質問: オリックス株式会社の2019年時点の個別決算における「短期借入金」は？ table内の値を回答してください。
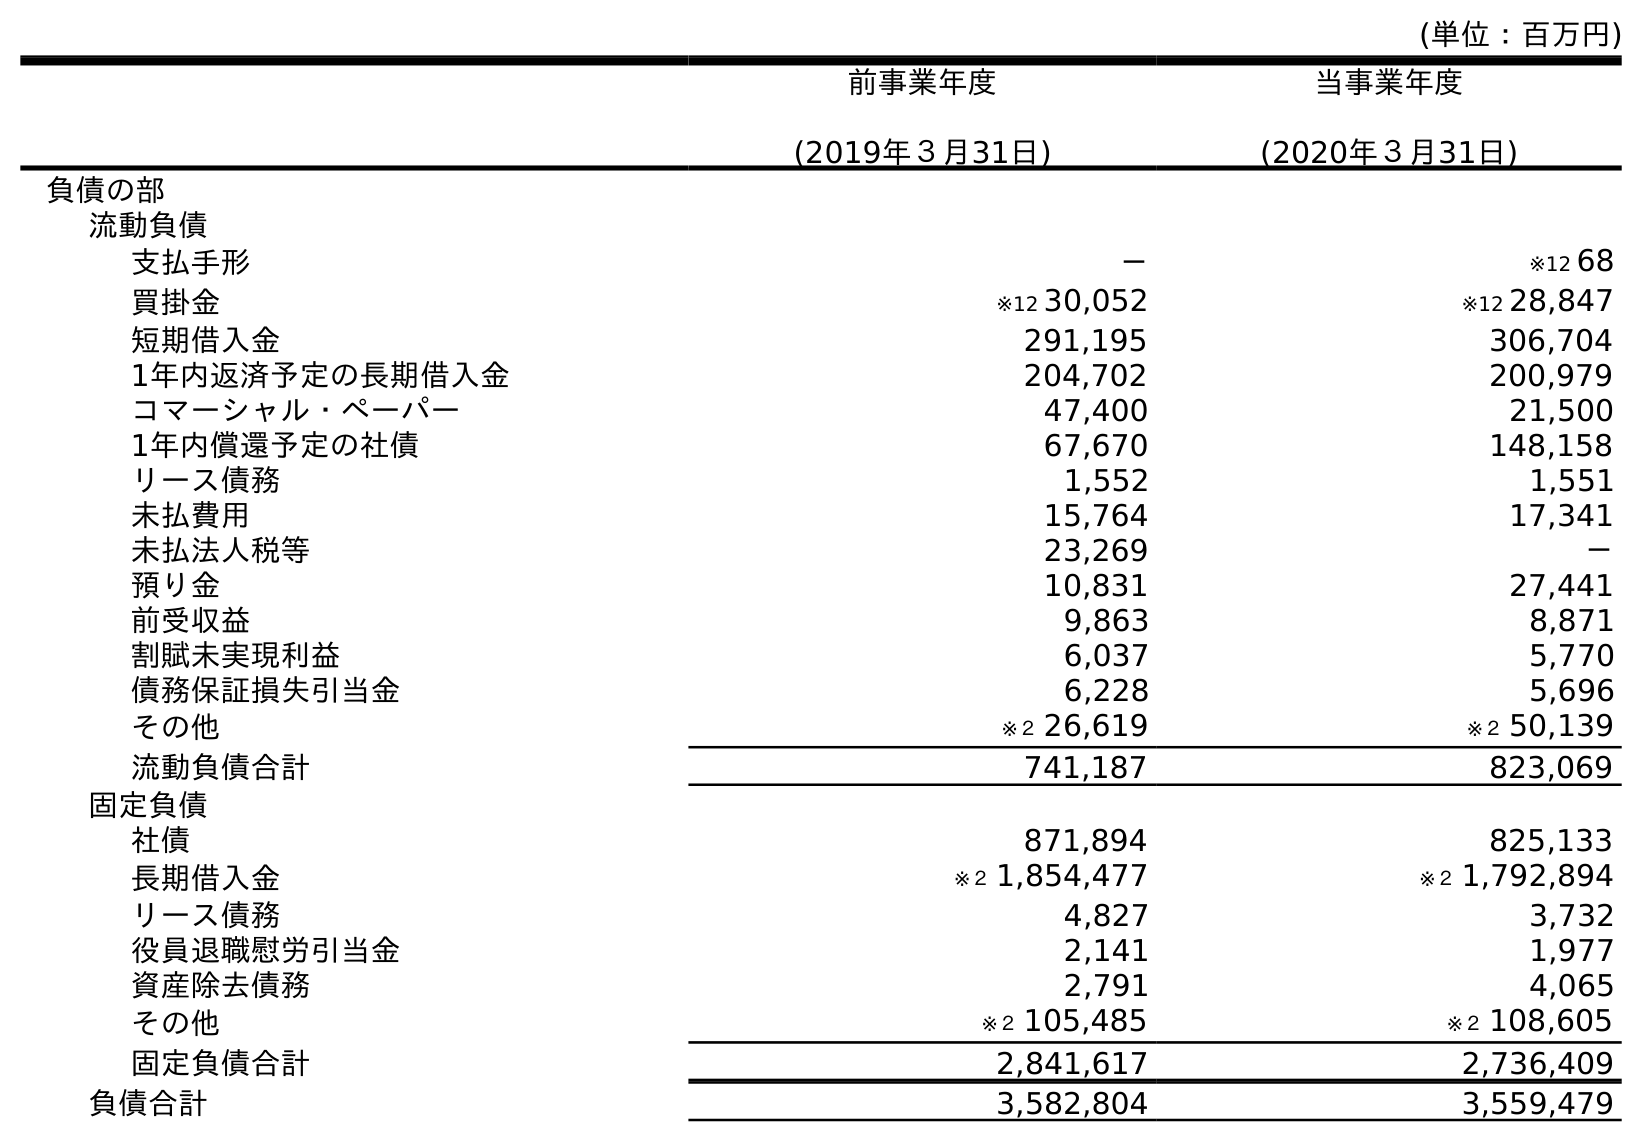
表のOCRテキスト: (単位：百万円) 前事業年度 (2019年３月31日) 当事業年度 (2020年３月31日) 負債の部 流動負債 支払手形 － ※12 68 買掛金 ※12 30,052 ※12 28,847 短期借入金 291,195 306,704 1年内返済予定の長期借入金 204,702 200,979 コマーシャル・ペーパー 47,400 21,500 1年内償還予定の社債 67,670 148,158 リース債務 1,552 1,551 未払費用 15,764 17,341 未払法人税等 23,269 － 預り金 10,831 27,441 前受収益 9,863 8,871 割賦未実現利益 6,037 5,770 債務保証損失引当金 6,228 5,696 その他 ※２ 26,619 ※２ 50,139 流動負債合計 741,187 823,069 固定負債 社債 871,894 825,133 長期借入金 ※２ 1,854,477 ※２ 1,792,894 リース債務 4,827 3,732 役員退職慰労引当金 2,141 1,977 資産除去債務 2,791 4,065 その他 ※２ 105,485 ※２ 108,605 固定負債合計 2,841,617 2,736,409 負債合計 3,582,804 3,559,479
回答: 291,195